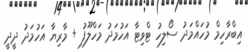
އިބްރާހިމް މުހައްމަދު ސޯލިހު ޓްވިޓާ އަހުމަދު މަހްލޫފު + މާރިޔާ އަހުމަދު ދީދީ